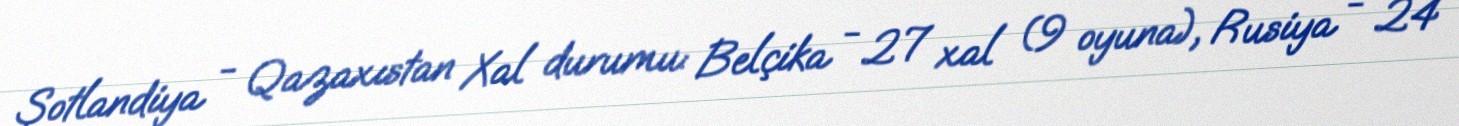
Şotlandiya - Qazaxıstan Xal durumu: Belçika - 27 xal (9 oyuna), Rusiya - 24